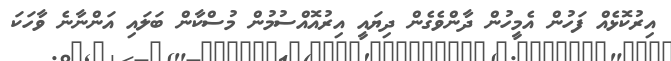
އިރުކޮޅެއް ފަހުން އެމީހުން ދާންވެގެން ދިޔައީ އިރުއޮއްސުމުން މުސްކާން ބަލައި އަންނާނެ ވާހަކަ